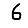
Digit: 6